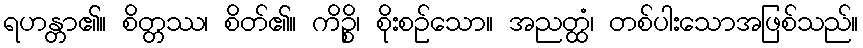
ရဟန္တာ၏။ စိတ္တဿ၊ စိတ်၏။ ကိဉ္စိ၊ စိုးစဉ်သော။ အညတ္ထံ၊ တစ်ပါးသောအဖြစ်သည်။